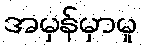
အမှန်မှာမူ